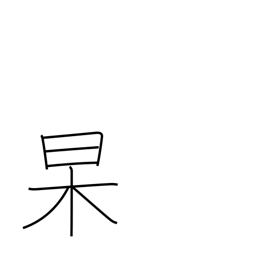
Meaning: clear